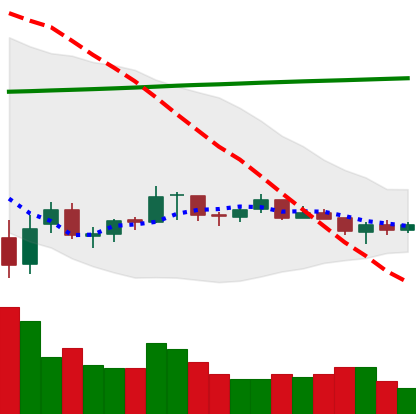
Ticker: XRP-USD
Chart end date: 2021-07-11
Forward return: -7.102%
Label: down_7plus